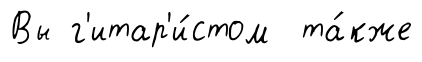
Вы г'итар'и́стом та́кже